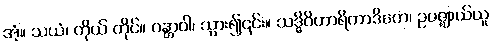
အံ့။ သယံ၊ ကိုယ် တိုင်။ ဂန္တာဝါ၊ သွား၍၎င်း။ သဒ္ဓိဝိဟာရိကာဒိကေ၊ ဥပဇ္ဈာယ်ယူ